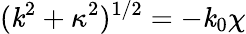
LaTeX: (\mathit{k}^{2}+\kappa^{2})^{1/2}=-\mathit{k}_{0}\chi